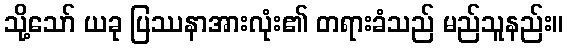
သို့သော် ယခု ပြဿနာအားလုံး၏ တရားခံသည် မည်သူနည်း။